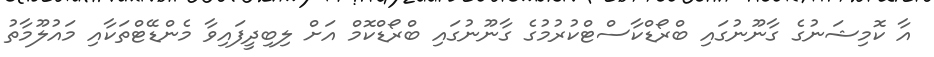
އާ ކޮމިޝަނުގެ ގާނޫނުގައި ބްރޯޑްކާސްޓްކުރުމުގެ ގާނޫނުގައި ބްރޯޑްކޮމް އަށް ލިބިދީފައިވާ މެންޑޭޓްތަކާއި މައުލޫމާތު